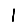
Digit: 1